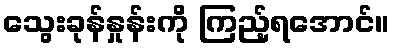
သွေးခုန်နှုန်းကို ကြည့်ရအောင်။